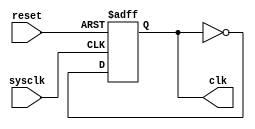
// ./src/GenerateCLK.v
// Generate a clock 20ns from 100MHz sysclk
module GenerateCLK(
        input sysclk,
        input reset,
        output reg clk
    );
    always @(posedge sysclk or posedge reset) begin
        if (reset) begin
            clk <= 1;
        end
        else begin
            clk <= ~clk;
        end
    end

endmodule